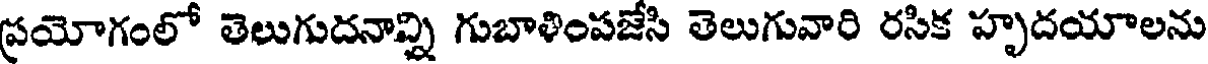
ప్రయోగంలో తెలుగుదనాన్ని గుబాళింపజేసి తెలుగువారి రసిక హృదయాలను